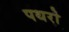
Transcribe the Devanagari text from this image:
पथरो